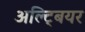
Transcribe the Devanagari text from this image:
अल्ट्बियर